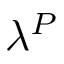
\lambda ^ { P }